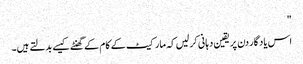
"
اس یاد گار دن پر یقین دہانی کر لیں کہ مارکیٹ کے کام کے گھنٹے کیسے بدلتے ہیں۔